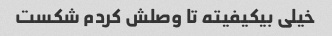
خیلی بیکیفیته تا وصلش کردم شکست